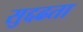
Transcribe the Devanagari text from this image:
सुद्दढता